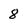
Character: 8